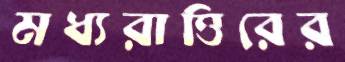
মধ্যরাত্তিরের